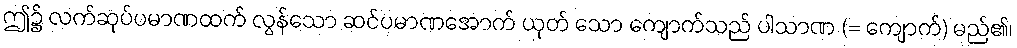
ဤ၌ လက်ဆုပ်ပမာဏထက် လွန်သော ဆင်ပမာဏအောက် ယုတ် သော ကျောက်သည် ပါသာဏ (= ကျောက်) မည်၏၊